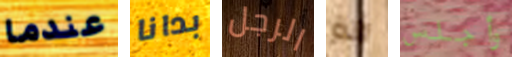
عندما بدانا الرجل الة وأجلس